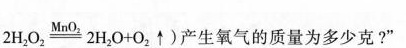
$$2 H _ { 2 } O _ { 2 } \xlongequal [ ] { M n O _ { 2 } } 2 H _ { 2 } O + O _ { 2 } \uparrow$$ 产生氧气的质量为多少克?”